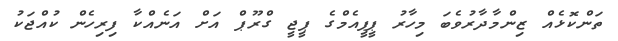
ތަންކޮޅެއް ޒިންމާދާރުވެބަ މިހާރު ޕީޕީއެމްގެ ޕީޖީ ގްރޫޕް އަށް އަނެއްކާ ފިރިހެން ކުއްޖަކު